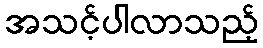
အသင့်ပါလာသည့်